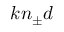
k n _ { \pm } d